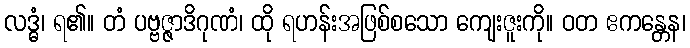
လဒ္ဓံ၊ ရ၏။ တံ ပဗ္ဗဇ္ဇာဒိဂုဏံ၊ ထို ရဟန်းအဖြစ်စသော ကျေးဇူးကို။ ဝတ ဧကန္တေန၊